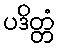
ပဒိတ္တံ